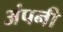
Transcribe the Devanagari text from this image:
अंपनी